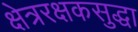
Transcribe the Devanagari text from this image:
क्षेत्ररक्षकसुद्धा